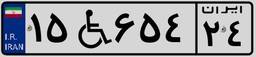
۸۷W۰۷۸۸۹